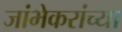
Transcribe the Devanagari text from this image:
जांभेकरांच्या